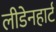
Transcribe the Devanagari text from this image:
लीडेनहार्ट